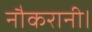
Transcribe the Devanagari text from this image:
नौकरानी।